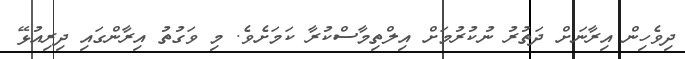
ދިވެހިން އިރާނަށް ދަތުރު ނުކުރުމަށް އިލްތިމާސްކުރާ ކަމަށެވެ. މި ވަގުތު އިރާންގައި ދިރިއުޅޭ